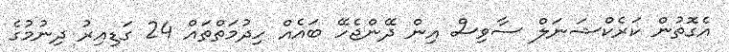
އެގޮތުން ކަރެކްޝަނަލް ސާވިސް އިން ދޭންޖެހޭ ބައެއް ހިދުމަތްތައް 24 ގަޑިއިރު ދިނުމުގެ